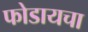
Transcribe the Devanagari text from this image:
फोडायचा